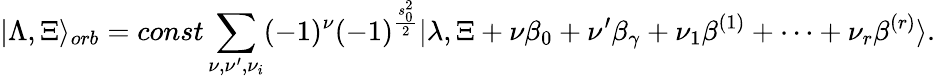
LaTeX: |\Lambda,\Xi\rangle_{orb}=const\sum_{\nu,\nu^{\prime},\nu_{i}}(-1)^{\nu}(-1)^{\frac{s_{0}^{2}}{2}}|\lambda,\Xi+\nu\beta_{0}+\nu^{\prime}\beta_{\gamma}+\nu_{1}\beta^{(1)}+\dots+\nu_{r}\beta^{(r)}\rangle.